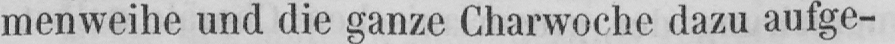
menweihe und die ganze Charwoche dazu aufge-